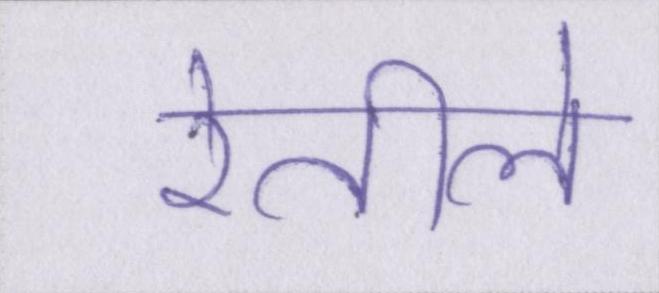
रेतीले